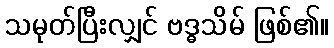
သမုတ်ပြီးလျှင် ဗဒ္ဓသိမ် ဖြစ်၏။